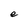
Character: e